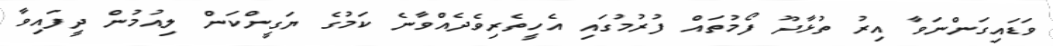
ވަޑައިގަންނަވާ އިރު ތުޅާދޫ ފޯމުތައް ފުރުމުގައި އެހީތެރިވެދެއްވާނެ ކަމުގެ ޔަގީންކަން ލިއުމުން ދީފައިވާ